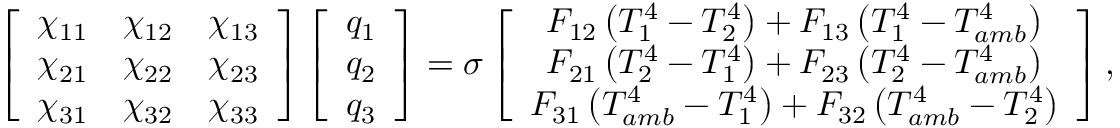
\left[ \begin{array} { c c c } { \chi _ { 1 1 } } & { \chi _ { 1 2 } } & { \chi _ { 1 3 } } \\ { \chi _ { 2 1 } } & { \chi _ { 2 2 } } & { \chi _ { 2 3 } } \\ { \chi _ { 3 1 } } & { \chi _ { 3 2 } } & { \chi _ { 3 3 } } \end{array} \right] \left[ \begin{array} { c } { q _ { 1 } } \\ { q _ { 2 } } \\ { q _ { 3 } } \end{array} \right] = \sigma \left[ \begin{array} { c } { F _ { 1 2 } \left( T _ { 1 } ^ { 4 } - T _ { 2 } ^ { 4 } \right) + F _ { 1 3 } \left( T _ { 1 } ^ { 4 } - T _ { a m b } ^ { 4 } \right) } \\ { F _ { 2 1 } \left( T _ { 2 } ^ { 4 } - T _ { 1 } ^ { 4 } \right) + F _ { 2 3 } \left( T _ { 2 } ^ { 4 } - T _ { a m b } ^ { 4 } \right) } \\ { F _ { 3 1 } \left( T _ { a m b } ^ { 4 } - T _ { 1 } ^ { 4 } \right) + F _ { 3 2 } \left( T _ { a m b } ^ { 4 } - T _ { 2 } ^ { 4 } \right) } \end{array} \right] { , }